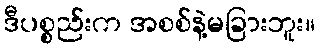
ဒီပစ္စည်းက အစစ်နဲ့မခြားဘူး။